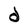
Character: d